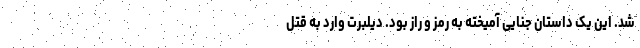
شد. این یک داستان جنایی آمیخته به رمز و راز بود. دیلبرت وارد به قتل